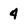
Character: 4